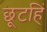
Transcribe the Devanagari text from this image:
छूटहिं